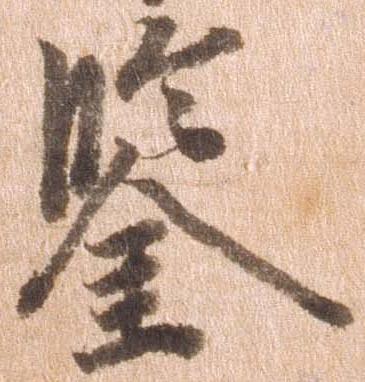
鑑